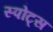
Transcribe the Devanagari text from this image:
स्‍पोट्स